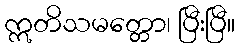
ဣတိသမတ္တော၊ ပြီးပြီ။